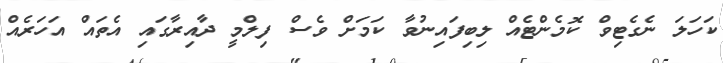
ކަހަލަ ނެގެޓިވް ކޮމެންޓެއް ލިބިފައިނުވާ ކަމަށް ވެސް ފިލްމީ ދާއިރާގައި އެތައް އަހަރެއް